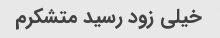
خیلی زود رسید متشکرم